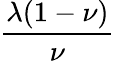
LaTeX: \frac{\lambda(1-\nu)}{\nu}